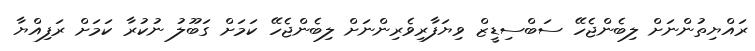
ރައްޔިތުންނަށް ލިބެންޖެހޭ ސަބްސިޑީޒް ވިޔަފާރިވެރިންނަށް ލިބެންޖެހޭ ކަމަށް ގަބޫލު ނުކުރާ ކަމަށް ރަފިއްޔާ